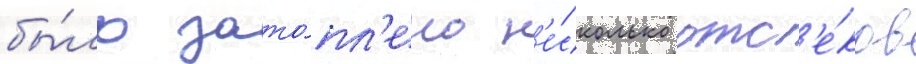
бы́ло зато́пл'ено н'е́сколько отс'е́ков